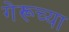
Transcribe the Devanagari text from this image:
गेरूच्या